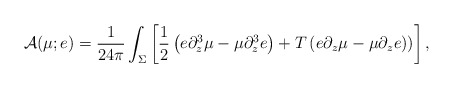
\begin{align*}{\cal A}(\mu;e)={1\over 24\pi}\int_\Sigma\left[{1\over 2} \left(e\partial_z^3\mu-\mu\partial_z^3 e\right)+T\left(e\partial_z\mu-\mu\partial_z e)\right)\right],\end{align*}